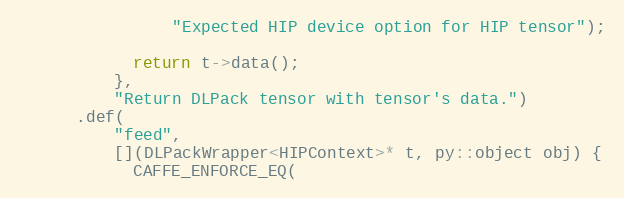
Language: C++
                "Expected HIP device option for HIP tensor");

            return t->data();
          },
          "Return DLPack tensor with tensor's data.")
      .def(
          "feed",
          [](DLPackWrapper<HIPContext>* t, py::object obj) {
            CAFFE_ENFORCE_EQ(